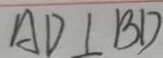
A D \bot B D